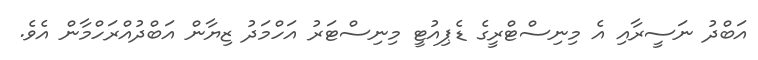
އަބްދު ނަސީރާއި އެ މިނިސްޓްރީގެ ޑެޕިއުޓީ މިނިސްޓަރު އަހްމަދު ޒިޔާން އަބްދުއްރަހްމާން އެވެ.